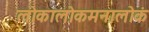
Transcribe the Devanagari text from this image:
लोकालोकमनालोकं